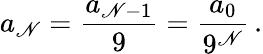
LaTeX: a_{\mathscr{N}}={\frac{{a_{\mathscr{N}-1}}}{{9}}}={\frac{{a_{0}}}{{9^{\mathscr{N}}}}}\, .